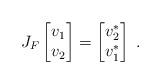
LaTeX: \begin{align*}J_F\begin{bmatrix} v_1 \\ v_2 \end{bmatrix}=\begin{bmatrix} v_2^* \\ v_1^* \end{bmatrix} \;.\end{align*}